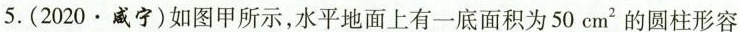
5.(2020.咸宁)如图甲所示，水平地面上有一底面积为50cm^{2} 的圆柱形容